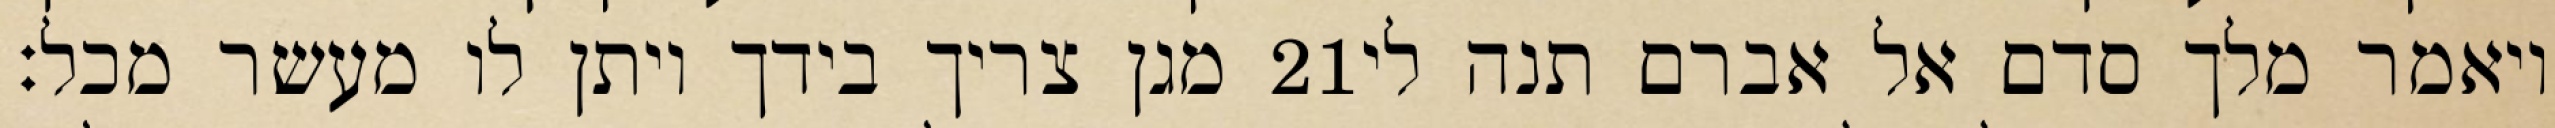
מגן צריך בידך ויתן לו מעשר מכל׃ ‎21‏ ויאמר מלך סדם אל אברם תנה לי